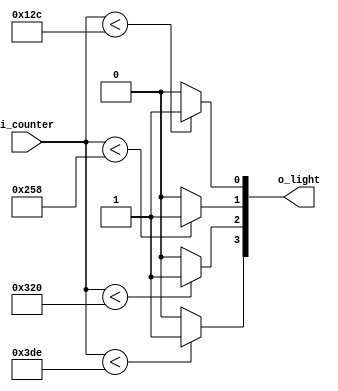
`timescale 1ns / 1ps

module Comparator(
    input [9:0] i_counter,
    //output o_light_1, o_light_2, o_light_3, o_light_4
    output [4:0] o_light
    );

    assign o_light[0] = (i_counter < 300) ? 1'b1 : 1'b0;
    assign o_light[1] = (i_counter < 600) ? 1'b1 : 1'b0;
    assign o_light[2] = (i_counter < 800) ? 1'b1 : 1'b0;
    assign o_light[3] = (i_counter < 990) ? 1'b1 : 1'b0;
endmodule